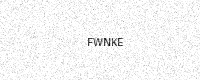
Text: FWNKE